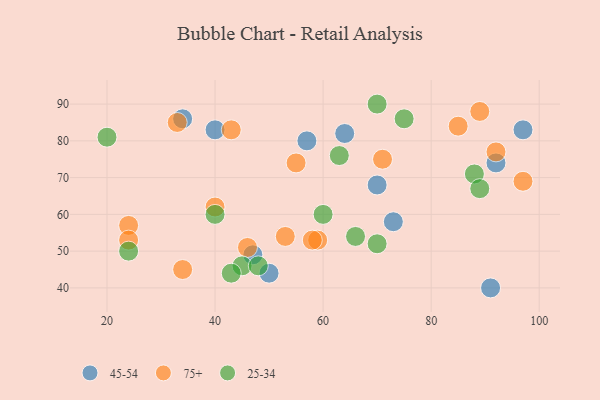
{"axis": {"x": "GDP", "y": "Life Expectancy"}, "legend": ["25-34", "45-54", "75+"], "data": [{"x": "57", "y": 80, "type": "45-54"}, {"x": "50", "y": 44, "type": "45-54"}, {"x": "92", "y": 74, "type": "45-54"}, {"x": "91", "y": 40, "type": "45-54"}, {"x": "47", "y": 49, "type": "45-54"}, {"x": "97", "y": 83, "type": "45-54"}, {"x": "73", "y": 58, "type": "45-54"}, {"x": "40", "y": 83, "type": "45-54"}, {"x": "64", "y": 82, "type": "45-54"}, {"x": "34", "y": 86, "type": "45-54"}, {"x": "70", "y": 68, "type": "45-54"}, {"x": "59", "y": 53, "type": "75+"}, {"x": "55", "y": 74, "type": "75+"}, {"x": "92", "y": 77, "type": "75+"}, {"x": "43", "y": 83, "type": "75+"}, {"x": "71", "y": 75, "type": "75+"}, {"x": "85", "y": 84, "type": "75+"}, {"x": "97", "y": 69, "type": "75+"}, {"x": "40", "y": 62, "type": "75+"}, {"x": "34", "y": 45, "type": "75+"}, {"x": "53", "y": 54, "type": "75+"}, {"x": "24", "y": 57, "type": "75+"}, {"x": "58", "y": 53, "type": "75+"}, {"x": "33", "y": 85, "type": "75+"}, {"x": "89", "y": 88, "type": "75+"}, {"x": "46", "y": 51, "type": "75+"}, {"x": "24", "y": 53, "type": "75+"}, {"x": "20", "y": 81, "type": "25-34"}, {"x": "75", "y": 86, "type": "25-34"}, {"x": "88", "y": 71, "type": "25-34"}, {"x": "45", "y": 46, "type": "25-34"}, {"x": "60", "y": 60, "type": "25-34"}, {"x": "43", "y": 44, "type": "25-34"}, {"x": "89", "y": 67, "type": "25-34"}, {"x": "66", "y": 54, "type": "25-34"}, {"x": "63", "y": 76, "type": "25-34"}, {"x": "70", "y": 90, "type": "25-34"}, {"x": "48", "y": 46, "type": "25-34"}, {"x": "24", "y": 50, "type": "25-34"}, {"x": "70", "y": 52, "type": "25-34"}, {"x": "40", "y": 60, "type": "25-34"}]}